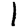
Digit: 1